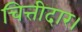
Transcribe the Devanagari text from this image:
चित्तीदार।